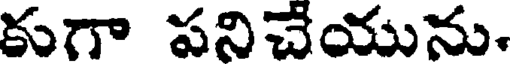
కుగా పనిచేయును.